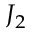
J _ { 2 }